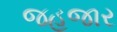
જહૂજાર